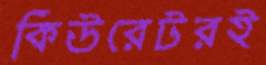
কিউরেটরই